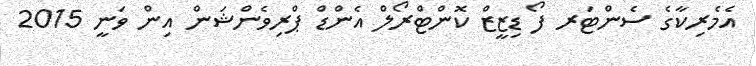
އެމެރިކާގެ ސެންޓަރ ފޯ ޑިޒީޒް ކޮންޓްރޯލް އެންޑް ޕްރިވެންޝަން އިން ވަނީ 2015